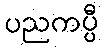
ပညကပ္ပီ